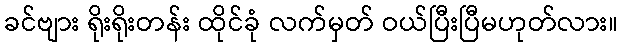
ခင်ဗျား ရိုးရိုးတန်း ထိုင်ခုံ လက်မှတ် ဝယ်ပြီးပြီမဟုတ်လား။